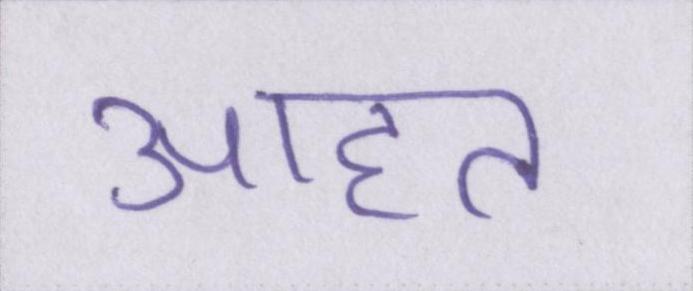
आहत